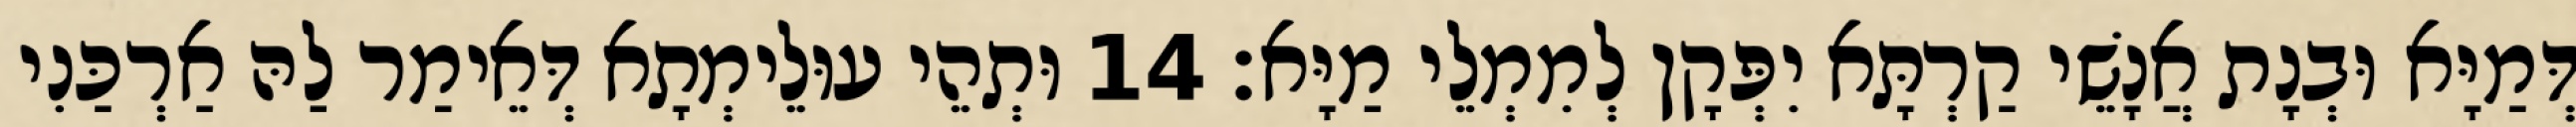
דְּמַיָּא וּבְנָת אֲנָשֵׁי קַרְתָּא יִפְּקָן לְמִמְלֵי מַיָּא׃ 14 וּתְהֵי עוּלֵימְתָא דְּאֵימַר לַהּ אַרְכַּנִי